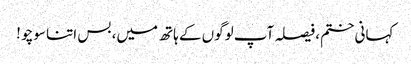
کہانی ختم، فیصلہ آپ لوگوں کے ہاتھ میں، بس اتنا سوچو !